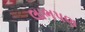
લાભપણ